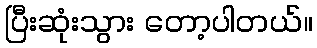
ပြီးဆုံးသွား တော့ပါတယ်။